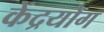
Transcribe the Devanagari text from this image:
केंद्रयोग